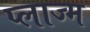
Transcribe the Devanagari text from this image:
प्लाज्म